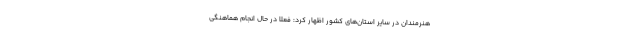
هنرمندان در سایر استان‌های کشور اظهار کرد: فعلا در حال انجام هماهنگی